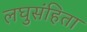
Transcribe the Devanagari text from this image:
लघुसंहिता